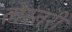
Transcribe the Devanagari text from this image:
लेस्तरी